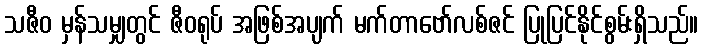
သဇီဝ မှန်သမျှတွင် ဇီဝရုပ် အဖြစ်အပျက် မက်တာဗော်လစ်ဇင် ပြုပြင်နိုင်စွမ်းရှိသည်။